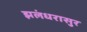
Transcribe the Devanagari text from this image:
झलंधरासुर